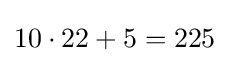
10\cdot 22+5=225